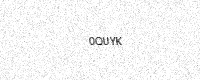
Text: 0QUYK